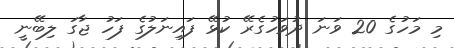
މި މަހުގެ 20 ވަނަ ދުވަހުގެރޭ ކުޅޭ ފައިނަލުގެ ފަހު ޖާގަ ލިބޭނީ